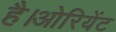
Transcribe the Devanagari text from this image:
है।ओरियेंट